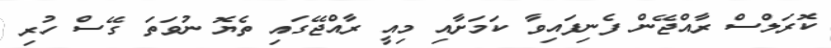
ކޮރަލްސް ރާއްޖޭން ފެނިފައިވާ ކަމަށާއި މިއީ ރާއްޖޭގައި ތެޔޮ ނުވަތަ ގޭސް ހުރި